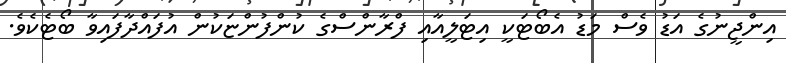
އިންޖީނުގެ އަޑު ވެސް މަޑު އެބޯޓަކީ އިޓަލީއާއި ފްރާންސްގެ ކުންފުންޏަކުން އުފައްދާފައިވާ ބޯޓެކެވެ.